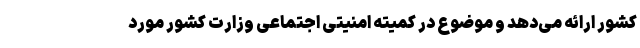
کشور ارائه می‌دهد و موضوع در کمیته امنیتی اجتماعی وزارت کشور مورد